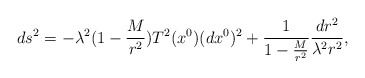
\begin{align*}ds^2 = - \lambda^2 ( 1- \frac{M}{r^2} ) T^2 (x^0 ) (dx^0 )^2 + \frac{1}{1- \frac{M}{r^2} } \frac{dr^2}{ \lambda^2 r^2} ,\end{align*}